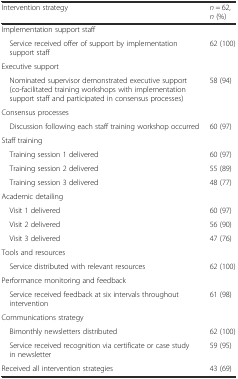
<table><thead><tr><td><b>Intervention strategy</b></td><td><b><i>n</i> = 62, <i>n</i> (%)</b></td></tr></thead><tbody><tr><td>Implementation support staff</td><td></td></tr><tr><td> Service received offer of support by implementation support staff</td><td>62 (100)</td></tr><tr><td>Executive support</td><td></td></tr><tr><td> Nominated supervisor demonstrated executive support (co-facilitated training workshops with implementation support staff and participated in consensus processes)</td><td>58 (94)</td></tr><tr><td>Consensus processes</td><td></td></tr><tr><td> Discussion following each staff training workshop occurred</td><td>60 (97)</td></tr><tr><td>Staff training</td><td></td></tr><tr><td> Training session 1 delivered</td><td>60 (97)</td></tr><tr><td> Training session 2 delivered</td><td>55 (89)</td></tr><tr><td> Training session 3 delivered</td><td>48 (77)</td></tr><tr><td>Academic detailing</td><td></td></tr><tr><td> Visit 1 delivered</td><td>60 (97)</td></tr><tr><td> Visit 2 delivered</td><td>56 (90)</td></tr><tr><td> Visit 3 delivered</td><td>47 (76)</td></tr><tr><td>Tools and resources</td><td></td></tr><tr><td> Service distributed with relevant resources</td><td>62 (100)</td></tr><tr><td>Performance monitoring and feedback</td><td></td></tr><tr><td> Service received feedback at six intervals throughout intervention</td><td>61 (98)</td></tr><tr><td>Communications strategy</td><td></td></tr><tr><td> Bimonthly newsletters distributed</td><td>62 (100)</td></tr><tr><td> Service received recognition via certificate or case study in newsletter</td><td>59 (95)</td></tr><tr><td>Received all intervention strategies</td><td>43 (69)</td></tr></tbody></table>